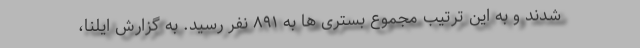
شدند و به این ترتیب مجموع بستری ها به ۸۹۱ نفر رسید. به گزارش ایلنا،